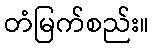
တံမြက်စည်း။